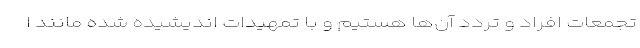
تجمعات افراد و تردد آن‌ها هستیم و با تمهیدات اندیشیده شده مانند ا